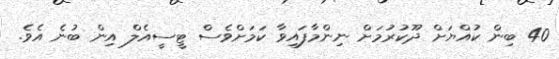
40 ބިން ކުއްޔަށް ދޫކުރުމަށް ނިންމާފައިވާ ކަމަށްވެސް ޓީސީއެލް އިން ބުނެ އެވެ.